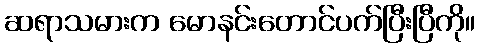
ဆရာသမားက မောနင်းတောင်ပက်ပြီးပြီကို။